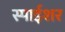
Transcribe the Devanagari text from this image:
स्पाईशर